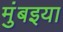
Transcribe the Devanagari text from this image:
मुंबइया